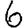
Digit: 6